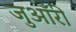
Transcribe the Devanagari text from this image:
जुआँरी